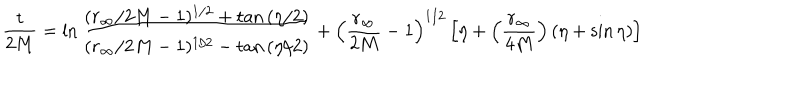
{ \frac { t } { 2 M } } = \ln { \frac { ( r _ { \infty } / 2 M - 1 ) ^ { 1 / 2 } + \tan { ( \eta / 2 ) } } { ( r _ { \infty } / 2 M - 1 ) ^ { 1 / 2 } - \tan { ( \eta / 2 ) } } } + \left( { \frac { r _ { \infty } } { 2 M } } - 1 \right) ^ { 1 / 2 } \left[ \eta + \left( { \frac { r _ { \infty } } { 4 M } } \right) ( \eta + \sin \eta ) \right]